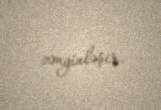
zənginləşir.